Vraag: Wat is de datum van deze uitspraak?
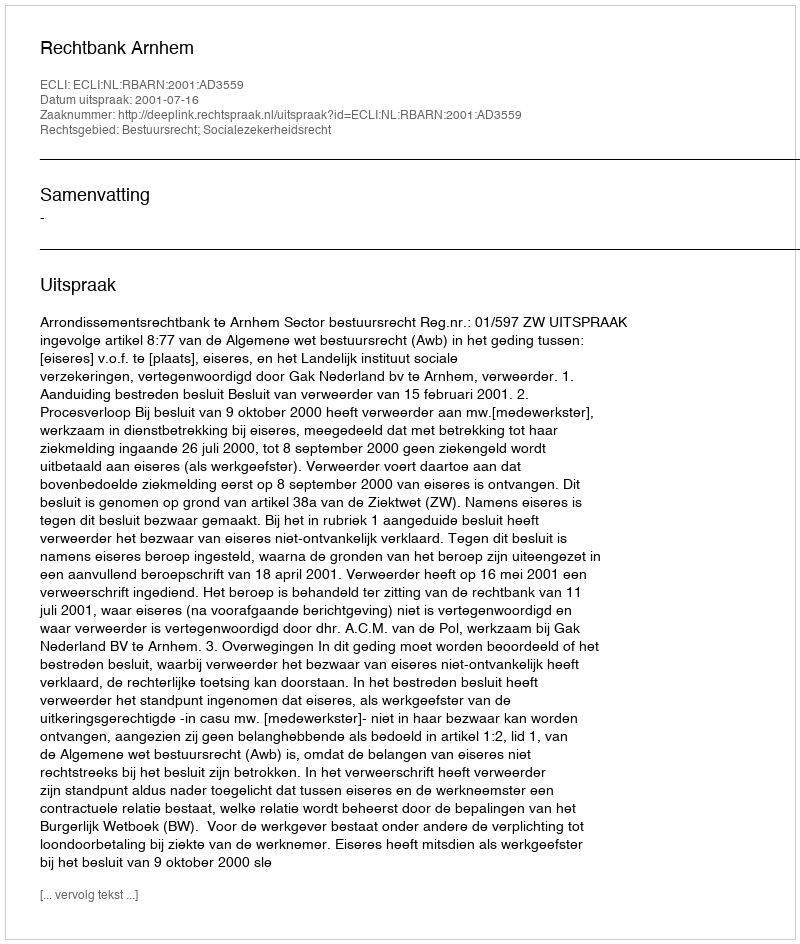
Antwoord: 2001-07-16